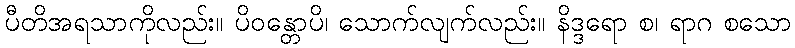
ပီတိအရသာကိုလည်း။ ပိဝန္တောပိ၊ သောက်လျက်လည်း။ နိဒ္ဒရော စ၊ ရာဂ စသော